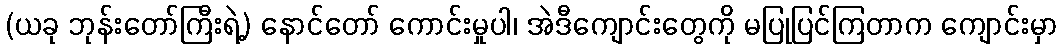
(ယခု ဘုန်းတော်ကြီးရဲ့) နောင်တော် ကောင်းမှုပါ၊ အဲဒီကျောင်းတွေကို မပြုပြင်ကြတာက ကျောင်းမှာ